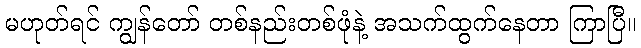
မဟုတ်ရင် ကျွန်တော် တစ်နည်းတစ်ဖုံနဲ့ အသက်ထွက်နေတာ ကြာပြီ။